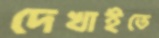
দেখাইতে